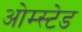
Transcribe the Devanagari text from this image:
ओम्स्टेड